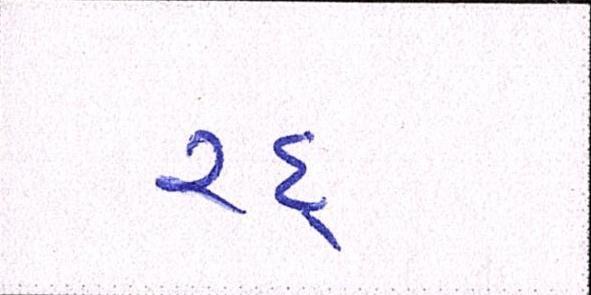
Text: રદ્